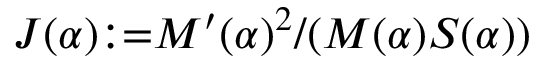
J ( \alpha ) { : = } M ^ { \prime } ( \alpha ) ^ { 2 } / ( M ( \alpha ) S ( \alpha ) )